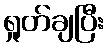
ရှုတ်ချပြီး